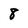
Character: 8